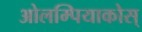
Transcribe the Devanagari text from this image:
ओलम्पियाकोस्